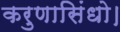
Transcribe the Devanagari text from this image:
करुणासिंधो।